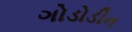
ગોડોડીન